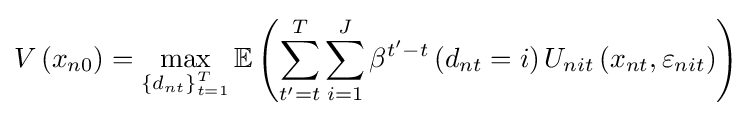
V\left(x_{n0}\right)=\max _{\left\{d_{nt}\right\}_{t=1}^{T}}\mathbb {E} \left(\sum _{t^{\prime }=t}^{T}\sum _{i=1}^{J}\beta ^{t'-t}\left(d_{nt}=i\right)U_{nit}\left(x_{nt},\varepsilon _{nit}\right)\right)